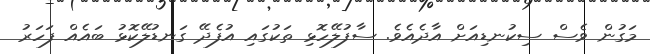
މަގުން ވެސް ސިކުނޑިއަށް އާދެއެވެ. ސާފުލޭހޮޅި ތަކުގައި އުފެދޭ ގަނޑުލޭކޮޅު ބައެއް ފަހަރު